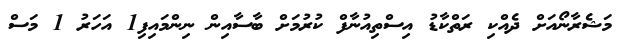
މަޝެރާނޯއަށް ދެއްކި ރަތްކާޑު އިސްތިއުނާފް ކުރުމަށް ބާސާއިން ނިންމައިފި1 އަހަރު 1 މަސް